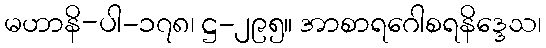
မဟာနိ-ပါ-၁၇၈၊ ဋ္ဌ-၂၉၅။ အာစာရဂေါစရနိဒ္ဒေသ၊